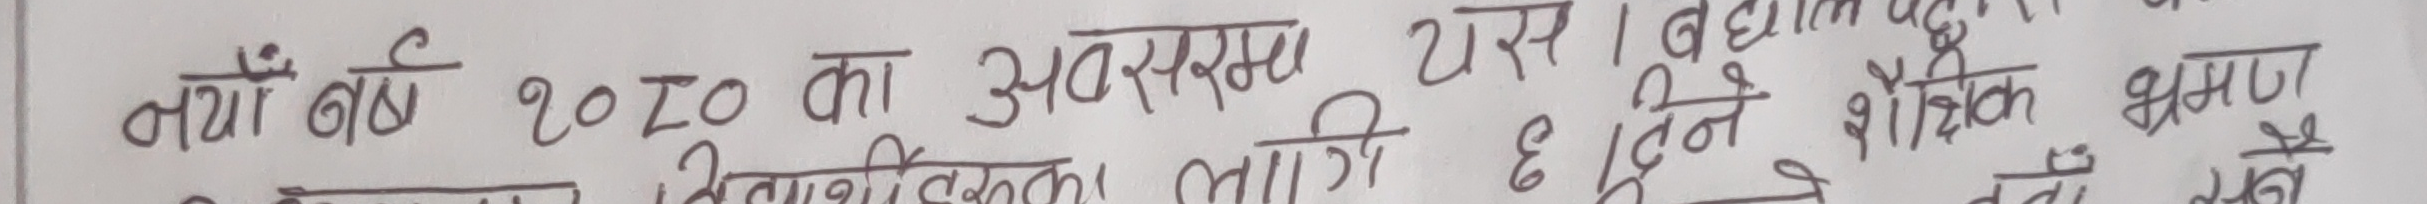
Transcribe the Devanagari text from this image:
नयाँ वर्ष 2020 का अवसरमा यस । बधाइ तथा 6 दिन शैक्षणिक भ्रमण